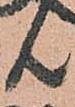
共